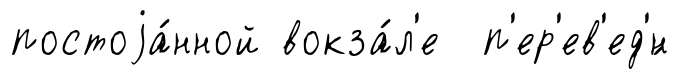
постоjа́нной вокза́л'е п'ер'ев'ед'́н